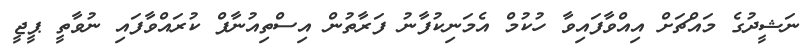
ނަޝީދުގެ މައްޗަށް އިއްވާފައިވާ ހުކުމް އެމަނިކުފާނު ފަރާތުން އިސްތިއުނާފް ކުރައްވާފައި ނުވާތީ ޕީޖީ